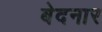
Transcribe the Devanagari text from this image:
बेदनार